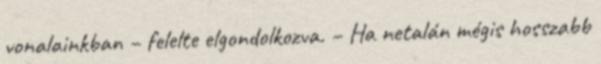
vonalainkban – felelte elgondolkozva. – Ha netalán mégis hosszabb